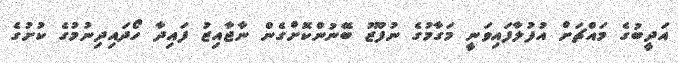
އަދީބުގެ މައްޗަށް އުފުލާފައިވަނީ މަގާމުގެ ނުފޫޒު ބޭނުންކޮށްގެން ނާޖާއިޒު ފައިދާ ހޯދައިދިނުމުގެ ކުށުގެ